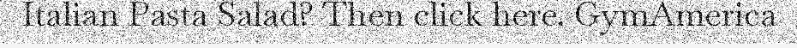
Italian Pasta Salad? Then click here. GymAmerica